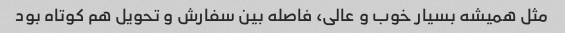
مثل همیشه بسیار خوب و عالى، فاصله بین سفارش و تحویل هم کوتاه بود